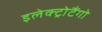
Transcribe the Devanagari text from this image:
इलेक्ट्रोटैंगो